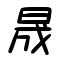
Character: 晟